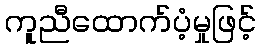
ကူညီထောက်ပံ့မှုဖြင့်